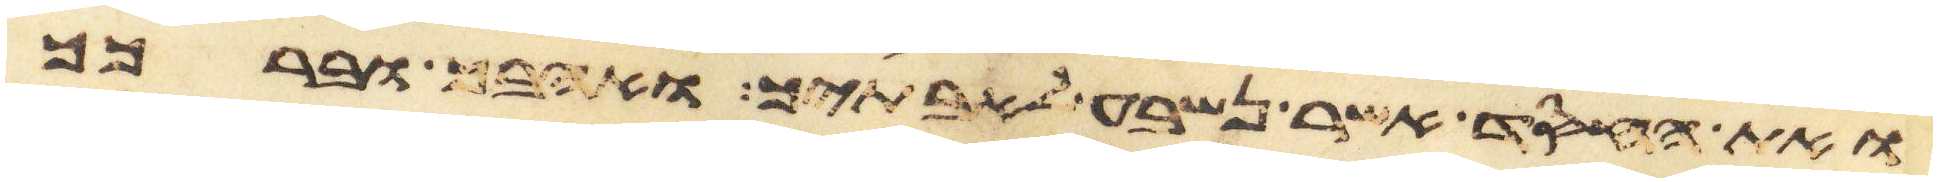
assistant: ואת החסד אשר נשבע לאבתיך ואהבך וברכך